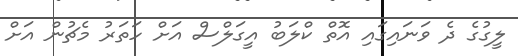
ލީގުގެ ދެ ވަނައިގައި އޮތް ކްލަބު އީގަލްސް އަށް ހަތަރު މެޗުން އަށް